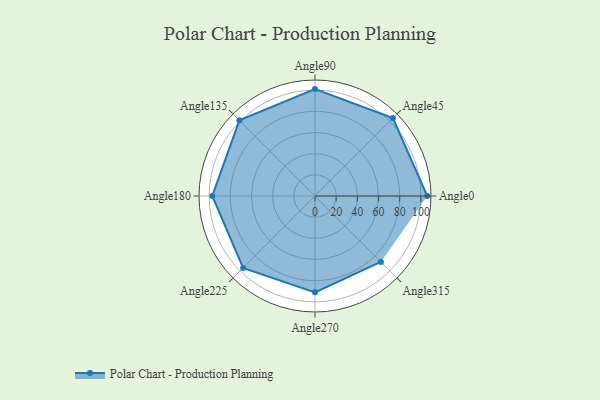
{"axis": {"x": "Angle", "y": "Radius"}, "legend": [""], "data": [{"x": "Angle0", "y": 106.0, "type": ""}, {"x": "Angle45", "y": 104.0, "type": ""}, {"x": "Angle90", "y": 101.0, "type": ""}, {"x": "Angle135", "y": 101.0, "type": ""}, {"x": "Angle180", "y": 97.0, "type": ""}, {"x": "Angle225", "y": 96.0, "type": ""}, {"x": "Angle270", "y": 91.0, "type": ""}, {"x": "Angle315", "y": 88.0, "type": ""}]}